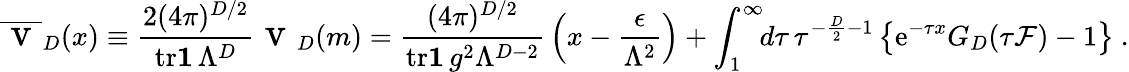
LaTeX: \overline{{{\mathrm{\Large~v~}}}}_{D}(x)\equiv{\frac{2(4\pi)^{D/2}}{{\mathrm{tr}}{\mathbf 1}\, \Lambda^{D}}}{\mathrm{\Large~v~}}_{D}(m)={\frac{(4\pi)^{D/2}}{{\mathrm{tr}}{\mathbf 1}\, g^{2}\Lambda^{D-2}}}\left(x-{\frac{\epsilon}{\Lambda^{2}}}\right)+\int_{1}^{\infty}\! \! d\tau\, \tau^{-{\frac{D}{2}}-1}\left\{ {\mathrm e}^{-\tau x}G_{D}(\tau{\cal F})-1\right\} \ .